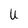
Character: U